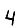
Digit: 4